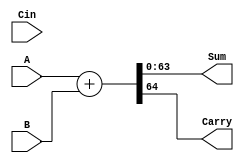
`timescale 1ns / 1ps
//////////////////////////////////////////////////////////////////////////////////
// Company: 
// Engineer: 
// 
// Design Name: 
// Module Name: Sixty_Four_Bit_Adder
// Project Name: 
// Target Devices: 
// Tool Versions: 
// Description: 
// 
// Dependencies: 
// 
// Revision:
// Revision 0.01 - File Created
// Additional Comments:
// 
//////////////////////////////////////////////////////////////////////////////////


module Sixty_Four_Bit_Adder(Sum, Carry, A, B, Cin );

input [63:0] A, B;
input Cin;

output [63:0] Sum;
output Carry;



//logic designing
assign {Carry, Sum} = A + B;

endmodule